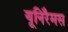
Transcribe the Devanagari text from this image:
यूनिरैमस